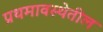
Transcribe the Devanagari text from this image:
प्रथमावस्थेतील